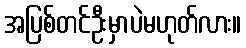
အပြစ်တင်ဦးမှာပဲမဟုတ်လား။